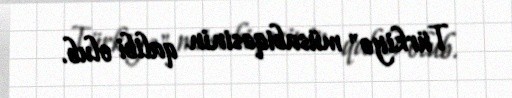
Türkiyə" müsabiqəsinin qalibi olub.